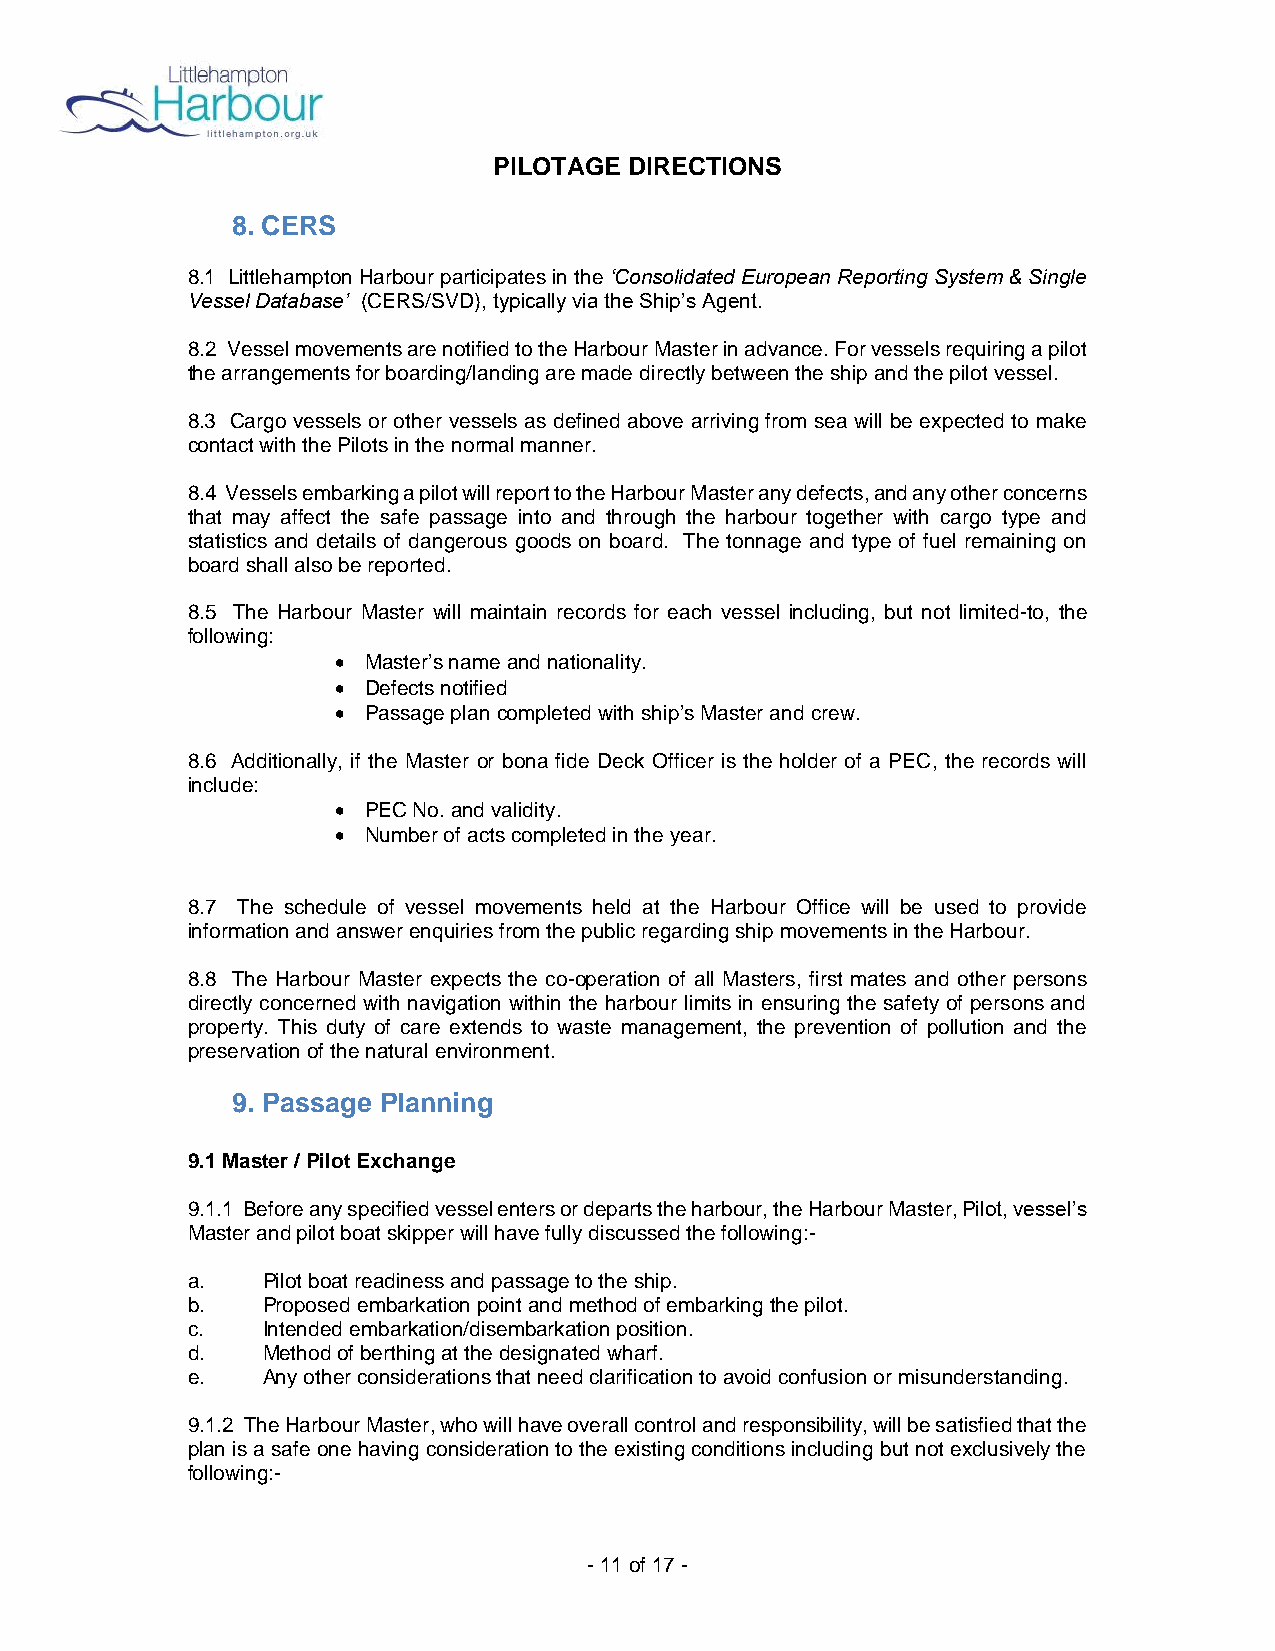
PILOTAGE DIRECTIONS
 8. CERS
 8.1 Littlehampton Harbour participates in the ‘Consolidated European Reporting System & Single
 Vessel Database’ (CERS/SVD), typically via the Ship’s Agent.
 8.2 Vessel movements are notified to the Harbour Master in advance. For vessels requiring a pilot
 the arrangements for boarding/landing are made directly between the ship and the pilot vessel.
 8.3 Cargo vessels or other vessels as defined above arriving from sea will be expected to make
 contact with the Pilots in the normal manner.
 8.4 Vessels embarking a pilot will report to the Harbour Master any defects, and any other concerns
 that may affect the safe passage into and through the harbour together with cargo type and
 statistics and details of dangerous goods on board. The tonnage and type of fuel remaining on
 board shall also be reported.
 8.5 The Harbour Master will maintain records for each vessel including, but not limited-to, the
 following:
 • Master’s name and nationality.
 • Defects notified
 • Passage plan completed with ship’s Master and crew.
 8.6 Additionally, if the Master or bona fide Deck Officer is the holder of a PEC, the records will
 include:
 • PEC No. and validity.
 • Number of acts completed in the year.
 8.7 The schedule of vessel movements held at the Harbour Office will be used to provide
 information and answer enquiries from the public regarding ship movements in the Harbour.
 8.8 The Harbour Master expects the co-operation of all Masters, first mates and other persons
 directly concerned with navigation within the harbour limits in ensuring the safety of persons and
 property. This duty of care extends to waste management, the prevention of pollution and the
 preservation of the natural environment.
 9. Passage Planning
 9.1 Master / Pilot Exchange
 9.1.1 Before any specified vessel enters or departs the harbour, the Harbour Master, Pilot, vessel’s
 Master and pilot boat skipper will have fully discussed the following:-
 a.   Pilot boat readiness and passage to the ship.
 b.   Proposed embarkation point and method of embarking the pilot.
 c.   Intended embarkation/disembarkation position.
 d.   Method of berthing at the designated wharf.
 e.   Any other considerations that need clarification to avoid confusion or misunderstanding.
 9.1.2 The Harbour Master, who will have overall control and responsibility, will be satisfied that the
 plan is a safe one having consideration to the existing conditions including but not exclusively the
 following:-
 - 11 of 17 -